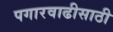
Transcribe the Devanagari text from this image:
पगारवाढीसाठी